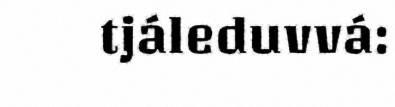
tjáleduvvá: